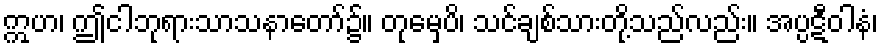
ဣဟ၊ ဤငါဘုရားသာသနာတော်၌။ တုမှေပိ၊ သင်ချစ်သားတို့သည်လည်း။ အပ္ပဋီဝါနံ၊